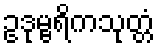
ဥဒုမ္ဗရိကသုတ္တံ